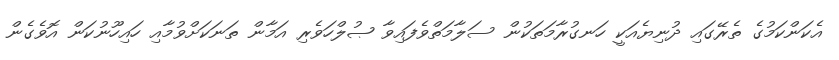
އެކަންކަމުގެ ތެރޭގައި ދުނިޔެއަކީ ހަނގުރާމަތަކުން ސަލާމަތްވެފައިވާ ޞުލްހަވެރި އަމާން ތަނަކަށްވުމާއި ހައިިހޫނުކަން އޮވެގެން